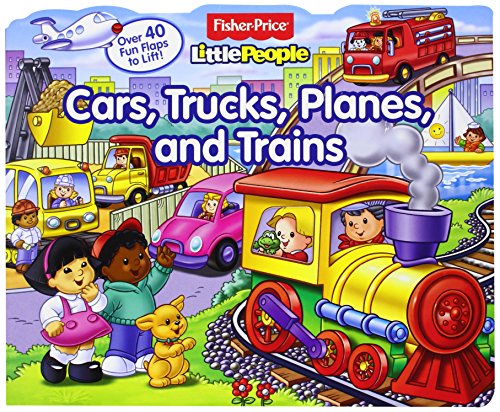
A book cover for Fisher-Price Little People Lift-the-Flap Cars, Trucks, Planes and Trains; Fisher-Price(TM); Children's Books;